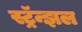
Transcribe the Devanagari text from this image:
स्ट्रॅन्झल